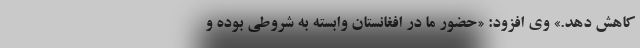
کاهش دهد.» وی افزود: «حضور ما در افغانستان وابسته به شروطی بوده و